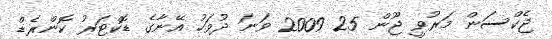
ޖެކްސަން މަރުވީ ޖޫން 25 2009 ވަނަ ދުވަހު އޭނާގެ ޑޮކްޓަރު ކޮންރެޑް